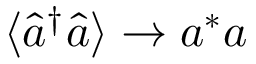
\langle \hat { a } ^ { \dagger } \hat { a } \rangle \rightarrow a ^ { \ast } a